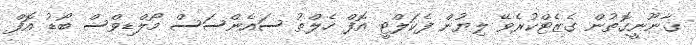
ޤާނޫނީގޮތުން ގެޒެޓްކުރެވޭ ލިޔުން ފެކަލްޓީ އޮފް ހެލްތު ސައެންސަސް މޯލްޑިވްސް ބޯޑު އޮފް